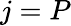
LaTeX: j=P